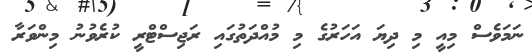
ނަމަވެސް މިއީ މި ދިޔަ އަހަރުގެ މި މުއްދަތުގައި ރަޖިސްޓްރީ ކުރެވުނު މިންވަރާ